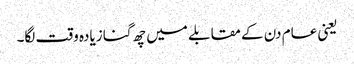
یعنی عام دن کے مقابلے میں چھ گنا زیادہ وقت لگا۔